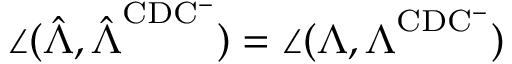
\angle ( \hat { \boldsymbol { \Lambda } } , \hat { \boldsymbol { \Lambda } } ^ { \mathrm { C D C ^ { - } } } ) = \angle ( \boldsymbol { \Lambda } , \boldsymbol { \Lambda } ^ { \mathrm { C D C ^ { - } } } )